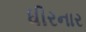
ધીરનાર